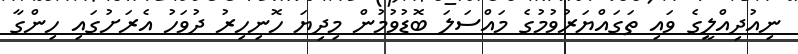
ނިއުދިއްލީގެ ވައި ތަގައްޔަރުވުމުގެ މައްސަލަ ބޮޑުވުމުން މިދިޔަ ހޮނިހިރު ދުވަހު އެރަށުގައި ހިންގާ